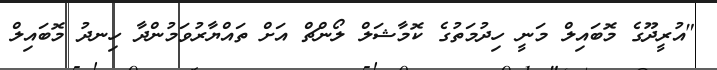
"އުރީދޫގެ މޮބައިލް މަނީ ހިދުމަތުގެ ކޮމާޝަލް ލޯންޗް އަށް ތައްޔާރުވަމުންދާ ހިނދު މޮބައިލް